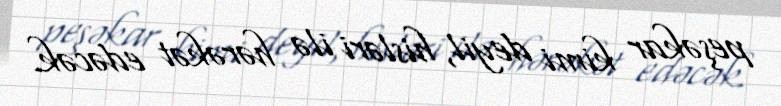
peşəkar kimi deyil, hisləri ilə hərəkət edəcək.